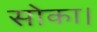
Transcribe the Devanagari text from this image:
सोका।